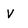
Character: v